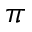
\pi